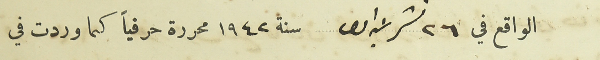
الواقع في ٢٦ تشرين اول سنة ١٩٤٢ محررة حرفياً كما وردت في